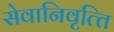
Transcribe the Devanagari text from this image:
सेवानिवृत्‍ति